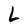
Character: L